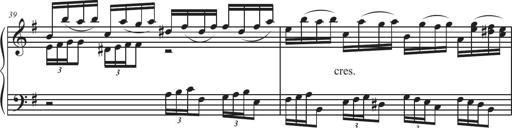
Title: Sonatina Espania
Composer: Jerald Franklin Archer
Key: Various